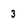
Character: 3